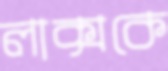
লাক্সকে